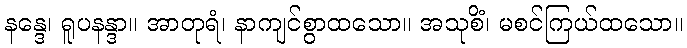
နန္ဒေ၊ ရူပနန္ဒာ။ အာတုရံ၊ နာကျင်စွာထသော။ အသုစိံ၊ မစင်ကြယ်ထသော။